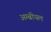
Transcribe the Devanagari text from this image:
अम्ब्रीयल